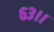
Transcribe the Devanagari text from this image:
६३।।